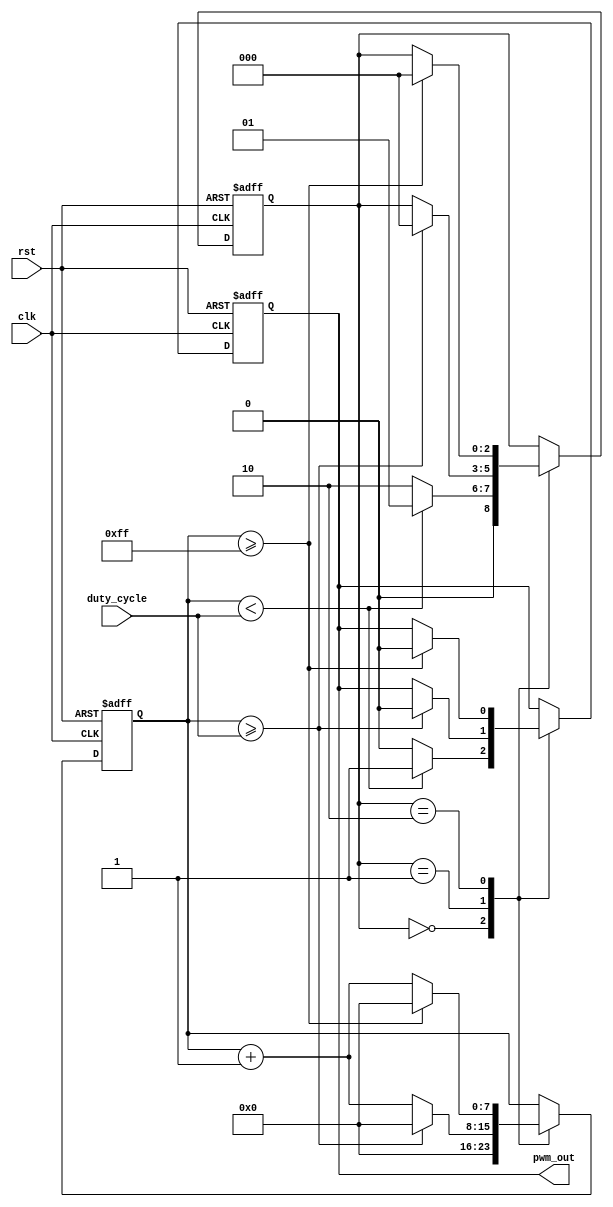
module PWM_timer (
    input wire clk,
    input wire rst,
    input wire [7:0] duty_cycle,
    output reg pwm_out
);

reg [7:0] counter;
reg [7:0] duty_value;
reg [2:0] state;

parameter IDLE = 3'b000;
parameter HIGH = 3'b001;
parameter LOW = 3'b010;

always @ (posedge clk or posedge rst) begin
    if (rst) begin
        counter <= 8'b00000000;
        pwm_out <= 1'b0;
        state <= IDLE;
    end else begin
        case(state)
            IDLE: begin
                counter <= 8'b00000000;
                if (counter < duty_value) begin
                    pwm_out <= 1'b1;
                    state <= HIGH;
                end else begin
                    pwm_out <= 1'b0;
                    state <= LOW;
                end
            end

            HIGH: begin
                if (counter >= duty_value) begin
                    pwm_out <= 1'b0;
                    counter <= 8'b00000000;
                    state <= IDLE;
                end else begin
                    counter <= counter + 1;
                end
            end

            LOW: begin
                if (counter >= 255) begin
                    pwm_out <= 1'b0;
                    counter <= 8'b00000000;
                    state <= IDLE;
                end else begin
                    counter <= counter + 1;
                end
            end
        endcase
    end
end

assign duty_value = duty_cycle;

endmodule